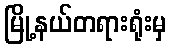
မြို့နယ်တရားရုံးမှ